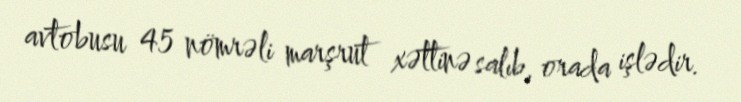
avtobusu 45 nömrəli marşrut xəttinə salıb, orada işlədir.